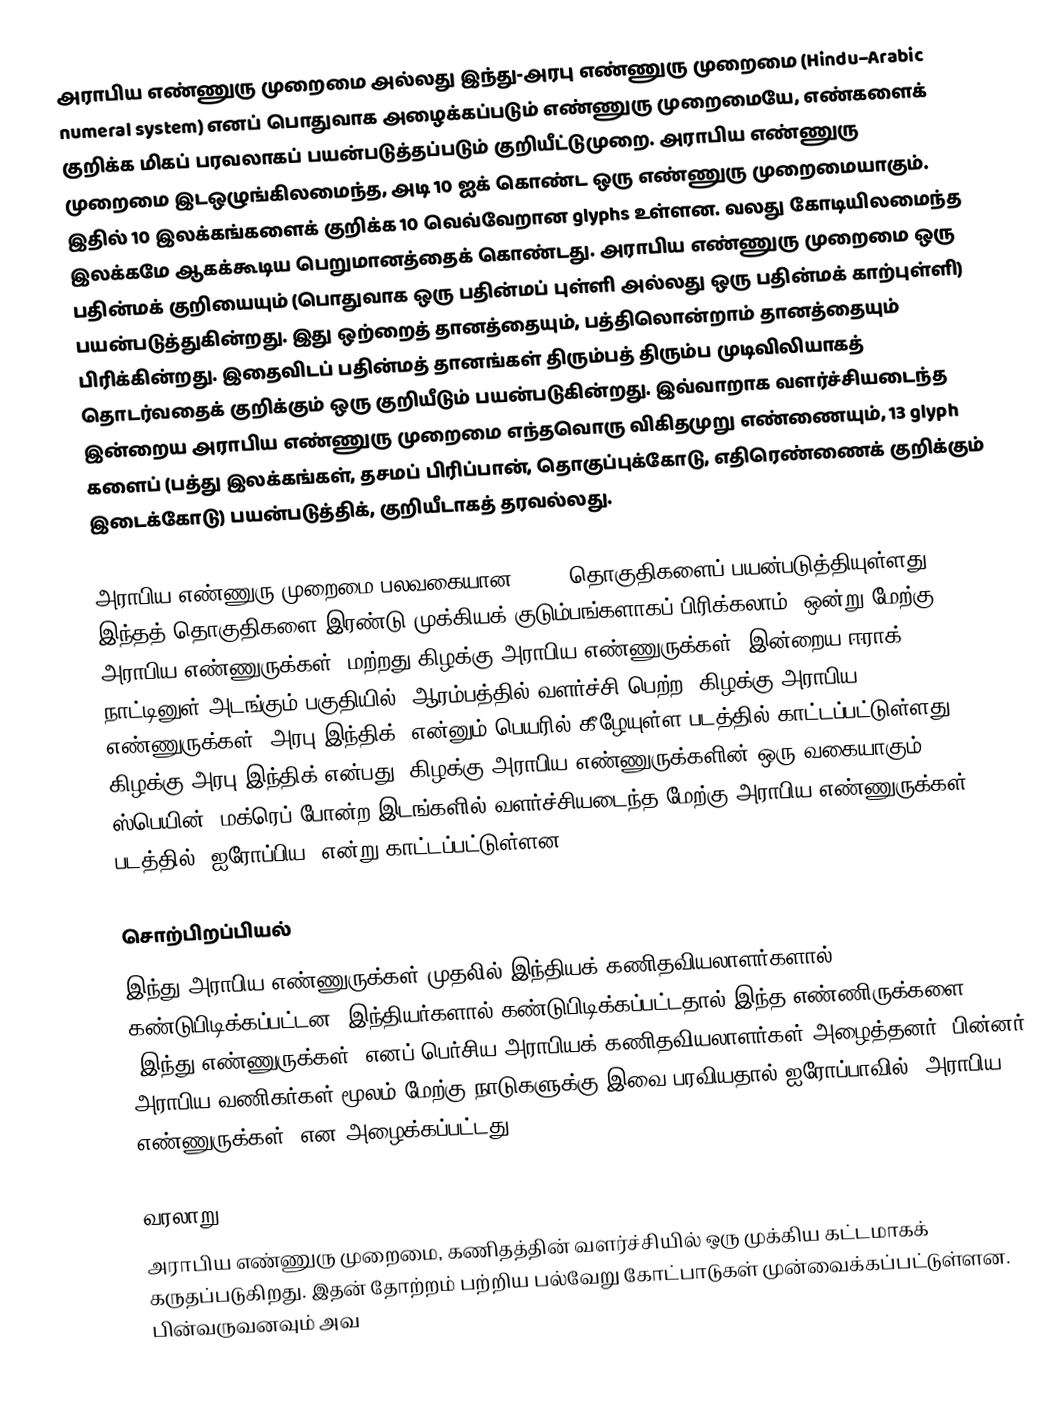
அராபிய எண்ணுரு முறைமை அல்லது இந்து-அரபு எண்ணுரு முறைமை (Hindu–Arabic numeral system) எனப் பொதுவாக அழைக்கப்படும் எண்ணுரு முறைமையே, எண்களைக் குறிக்க மிகப் பரவலாகப் பயன்படுத்தப்படும் குறியீட்டுமுறை. அராபிய எண்ணுரு முறைமை இடஒழுங்கிலமைந்த, அடி 10 ஐக் கொண்ட ஒரு எண்ணுரு முறைமையாகும். இதில் 10 இலக்கங்களைக் குறிக்க 10 வெவ்வேறான glyphs உள்ளன. வலது கோடியிலமைந்த இலக்கமே ஆகக்கூடிய பெறுமானத்தைக் கொண்டது. அராபிய எண்ணுரு முறைமை ஒரு பதின்மக் குறியையும் (பொதுவாக ஒரு பதின்மப் புள்ளி அல்லது ஒரு பதின்மக் காற்புள்ளி) பயன்படுத்துகின்றது. இது ஒற்றைத் தானத்தையும், பத்திலொன்றாம் தானத்தையும் பிரிக்கின்றது. இதைவிடப் பதின்மத் தானங்கள் திரும்பத் திரும்ப முடிவிலியாகத் தொடர்வதைக் குறிக்கும் ஒரு குறியீடும் பயன்படுகின்றது. இவ்வாறாக வளர்ச்சியடைந்த இன்றைய அராபிய எண்ணுரு முறைமை எந்தவொரு விகிதமுறு எண்ணையும், 13 glyph களைப் (பத்து இலக்கங்கள், தசமப் பிரிப்பான், தொகுப்புக்கோடு, எதிரெண்ணைக் குறிக்கும் இடைக்கோடு) பயன்படுத்திக், குறியீடாகத் தரவல்லது.

அராபிய எண்ணுரு முறைமை பலவகையான glyph தொகுதிகளைப் பயன்படுத்தியுள்ளது. இந்தத் தொகுதிகளை இரண்டு முக்கியக் குடும்பங்களாகப் பிரிக்கலாம். ஒன்று மேற்கு அராபிய எண்ணுருக்கள், மற்றது கிழக்கு அராபிய எண்ணுருக்கள். இன்றைய ஈராக் நாட்டினுள் அடங்கும் பகுதியில், ஆரம்பத்தில் வளர்ச்சி பெற்ற, கிழக்கு அராபிய எண்ணுருக்கள் "அரபு-இந்திக்" என்னும் பெயரில் கீழேயுள்ள படத்தில் காட்டப்பட்டுள்ளது. கிழக்கு அரபு-இந்திக் என்பது, கிழக்கு அராபிய எண்ணுருக்களின் ஒரு வகையாகும். ஸ்பெயின், மக்ரெப் போன்ற இடங்களில் வளர்ச்சியடைந்த மேற்கு அராபிய எண்ணுருக்கள், படத்தில் "ஐரோப்பிய" என்று காட்டப்பட்டுள்ளன.

சொற்பிறப்பியல்
இந்து-அராபிய எண்ணுருக்கள் முதலில் இந்தியக் கணிதவியலாளர்களால் கண்டுபிடிக்கப்பட்டன. இந்தியர்களால் கண்டுபிடிக்கப்பட்டதால் இந்த எண்ணிருக்களை ”இந்து எண்ணுருக்கள்” எனப் பெர்சிய-அராபியக் கணிதவியலாளர்கள் அழைத்தனர். பின்னர் அராபிய வணிகர்கள் மூலம் மேற்கு நாடுகளுக்கு இவை பரவியதால் ஐரோப்பாவில் “அராபிய எண்ணுருக்கள்” என அழைக்கப்பட்டது.

வரலாறு
அராபிய எண்ணுரு முறைமை, கணிதத்தின் வளர்ச்சியில் ஒரு முக்கிய கட்டமாகக் கருதப்படுகிறது. இதன் தோற்றம் பற்றிய பல்வேறு கோட்பாடுகள் முன்வைக்கப்பட்டுள்ளன. பின்வருவனவும் அவ